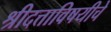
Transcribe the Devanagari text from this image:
श्रीदत्ताविषयीचे